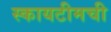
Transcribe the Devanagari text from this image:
स्कायटीमची